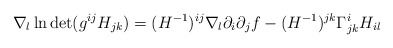
\begin{align*}\nabla_l \ln \det (g^{ij}H_{jk})=(H^{-1})^{ij}\nabla_l \partial_i\partial_j f-(H^{-1})^{jk}\Gamma^i_{jk}H_{il}\end{align*}